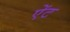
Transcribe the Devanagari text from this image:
ऐंट